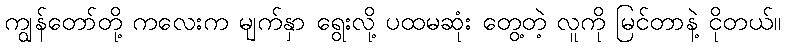
ကျွန်တော်တို့ ကလေးက မျက်နှာ ရွေးလို့ ပထမဆုံး တွေ့တဲ့ လူကို မြင်တာနဲ့ ငိုတယ်။